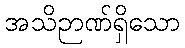
အသိဉာဏ်ရှိသော